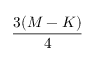
\frac { 3 ( M - K ) } { 4 }